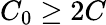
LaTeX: C_{0}\geq 2C